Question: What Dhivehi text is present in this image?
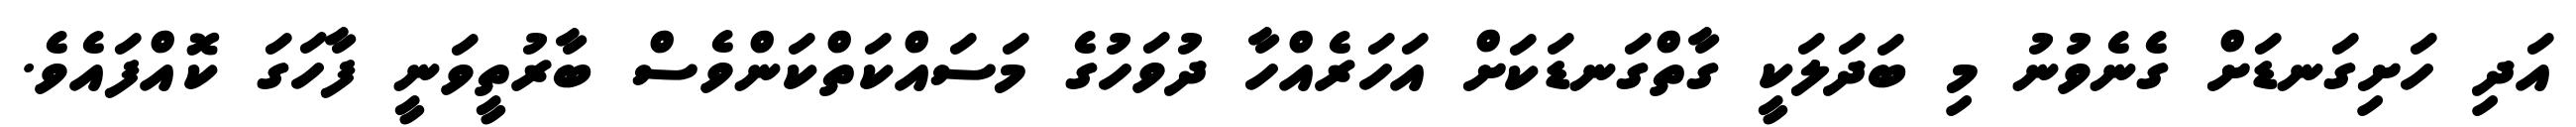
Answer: އަދި ހަށިގަނޑަށް ގެނެވުނު މި ބަދަލަކީ ގާތްގަނޑަކަށް އަހަރެއްހާ ދުވަހުގެ މަސައްކަތްކަންވެސް ބާރުތީވަނީ ފާހަގަ ކޮއްފައެވެ.